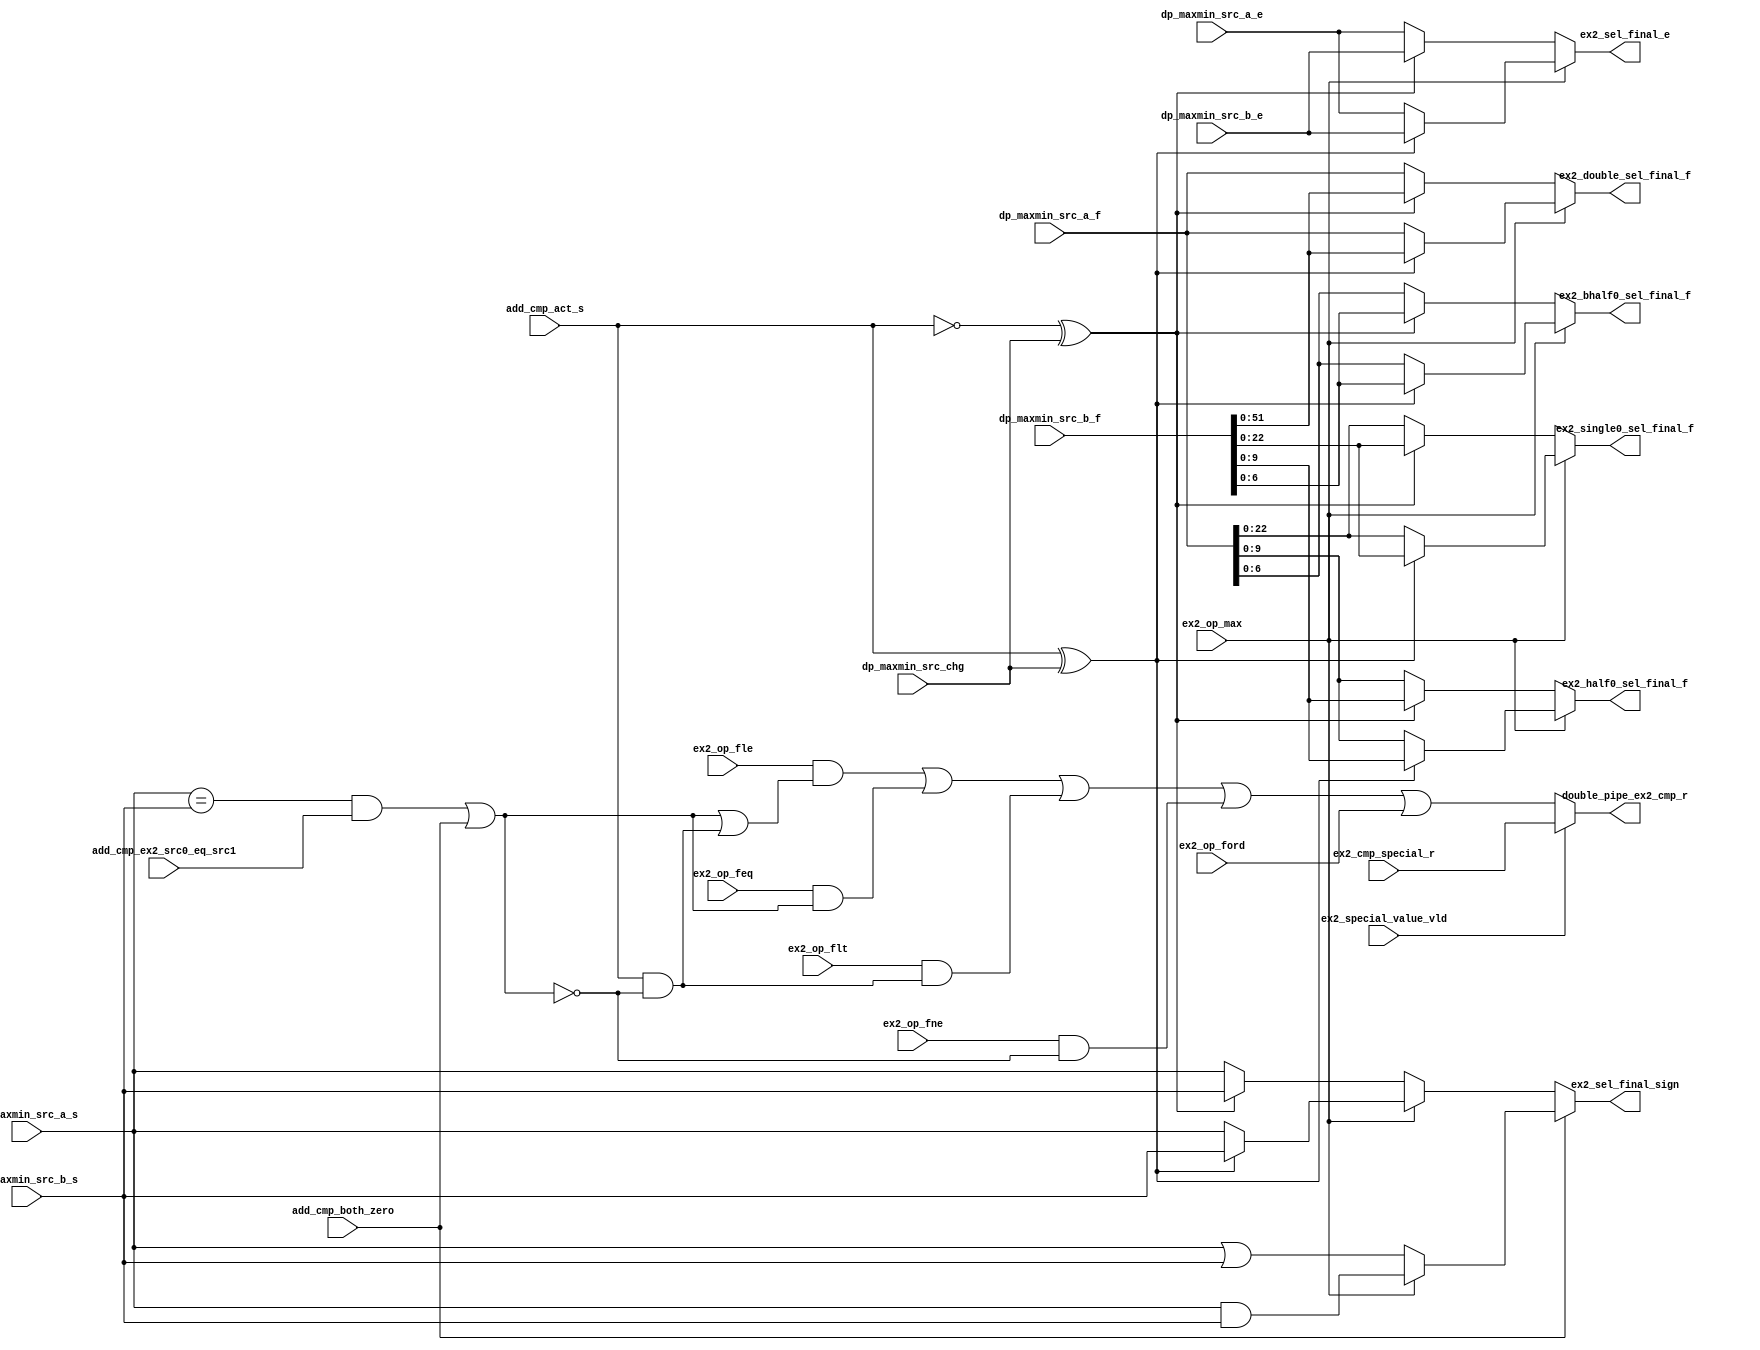
/*Copyright 2020-2021 T-Head Semiconductor Co., Ltd.

Licensed under the Apache License, Version 2.0 (the "License");
you may not use this file except in compliance with the License.
You may obtain a copy of the License at

    http://www.apache.org/licenses/LICENSE-2.0

Unless required by applicable law or agreed to in writing, software
distributed under the License is distributed on an "AS IS" BASIS,
WITHOUT WARRANTIES OR CONDITIONS OF ANY KIND, either express or implied.
See the License for the specific language governing permissions and
limitations under the License.
*/

// &ModuleBeg; @26
module aq_fadd_double_cmp_max(
  add_cmp_act_s,
  add_cmp_both_zero,
  add_cmp_ex2_src0_eq_src1,
  double_pipe_ex2_cmp_r,
  dp_maxmin_src_a_e,
  dp_maxmin_src_a_f,
  dp_maxmin_src_a_s,
  dp_maxmin_src_b_e,
  dp_maxmin_src_b_f,
  dp_maxmin_src_b_s,
  dp_maxmin_src_chg,
  ex2_bhalf0_sel_final_f,
  ex2_cmp_special_r,
  ex2_double_sel_final_f,
  ex2_half0_sel_final_f,
  ex2_op_feq,
  ex2_op_fle,
  ex2_op_flt,
  ex2_op_fne,
  ex2_op_ford,
  ex2_op_max,
  ex2_sel_final_e,
  ex2_sel_final_sign,
  ex2_single0_sel_final_f,
  ex2_special_value_vld
);

// &Ports; @27
input           add_cmp_act_s;            
input           add_cmp_both_zero;        
input           add_cmp_ex2_src0_eq_src1; 
input   [10:0]  dp_maxmin_src_a_e;        
input   [51:0]  dp_maxmin_src_a_f;        
input           dp_maxmin_src_a_s;        
input   [10:0]  dp_maxmin_src_b_e;        
input   [52:0]  dp_maxmin_src_b_f;        
input           dp_maxmin_src_b_s;        
input           dp_maxmin_src_chg;        
input           ex2_cmp_special_r;        
input           ex2_op_feq;               
input           ex2_op_fle;               
input           ex2_op_flt;               
input           ex2_op_fne;               
input           ex2_op_ford;              
input           ex2_op_max;               
input           ex2_special_value_vld;    
output          double_pipe_ex2_cmp_r;    
output  [6 :0]  ex2_bhalf0_sel_final_f;   
output  [51:0]  ex2_double_sel_final_f;   
output  [9 :0]  ex2_half0_sel_final_f;    
output  [10:0]  ex2_sel_final_e;          
output          ex2_sel_final_sign;       
output  [22:0]  ex2_single0_sel_final_f;  

// &Regs; @28

// &Wires; @29
wire            add_cmp_act_s;            
wire            add_cmp_both_zero;        
wire            add_cmp_ex2_src0_eq_src1; 
wire            double_pipe_ex2_cmp_r;    
wire    [10:0]  dp_maxmin_src_a_e;        
wire    [51:0]  dp_maxmin_src_a_f;        
wire            dp_maxmin_src_a_s;        
wire    [10:0]  dp_maxmin_src_b_e;        
wire    [52:0]  dp_maxmin_src_b_f;        
wire            dp_maxmin_src_b_s;        
wire            dp_maxmin_src_chg;        
wire            ex2_act_s;                
wire    [6 :0]  ex2_bhalf0_sel_final_f;   
wire    [6 :0]  ex2_bhalf0_sel_rst_max_f; 
wire    [6 :0]  ex2_bhalf0_sel_rst_min_f; 
wire    [6 :0]  ex2_bhalf0_src0_f;        
wire    [6 :0]  ex2_bhalf0_src1_f;        
wire            ex2_both_zero;            
wire            ex2_cmp_feq;              
wire            ex2_cmp_fle;              
wire            ex2_cmp_flt;              
wire            ex2_cmp_fne;              
wire            ex2_cmp_r;                
wire            ex2_cmp_special_r;        
wire    [51:0]  ex2_double_sel_final_f;   
wire    [51:0]  ex2_double_sel_rst_max_f; 
wire    [51:0]  ex2_double_sel_rst_min_f; 
wire    [51:0]  ex2_double_src0_f;        
wire    [51:0]  ex2_double_src1_f;        
wire    [9 :0]  ex2_half0_sel_final_f;    
wire    [9 :0]  ex2_half0_sel_rst_max_f;  
wire    [9 :0]  ex2_half0_sel_rst_min_f;  
wire    [9 :0]  ex2_half0_src0_f;         
wire    [9 :0]  ex2_half0_src1_f;         
wire            ex2_op_feq;               
wire            ex2_op_fle;               
wire            ex2_op_flt;               
wire            ex2_op_fne;               
wire            ex2_op_ford;              
wire            ex2_op_max;               
wire            ex2_s_equal;              
wire    [10:0]  ex2_sel_final_e;          
wire            ex2_sel_final_sign;       
wire            ex2_sel_rst_both0_sign;   
wire    [10:0]  ex2_sel_rst_max_e;        
wire            ex2_sel_rst_max_s;        
wire    [10:0]  ex2_sel_rst_min_e;        
wire            ex2_sel_rst_min_s;        
wire    [22:0]  ex2_single0_sel_final_f;  
wire    [22:0]  ex2_single0_sel_rst_max_f; 
wire    [22:0]  ex2_single0_sel_rst_min_f; 
wire    [22:0]  ex2_single0_src0_f;       
wire    [22:0]  ex2_single0_src1_f;       
wire            ex2_special_value_vld;    
wire    [10:0]  ex2_src0_e;               
wire    [51:0]  ex2_src0_f;               
wire            ex2_src0_s;               
wire    [10:0]  ex2_src1_e;               
wire            ex2_src1_s;               
wire    [52:0]  ex2_src1_sel;             
wire            ex2_src_chg;              


// the sign is used to calculate the the compare result

assign  ex2_act_s         =  add_cmp_act_s;
assign  ex2_both_zero     =  add_cmp_both_zero;

//------------------------------------------------------------------------------
//                          CMP Normal Result:
//------------------------------------------------------------------------------

assign ex2_s_equal  = ex2_src0_s == ex2_src1_s;
assign ex2_cmp_feq  = ex2_s_equal && add_cmp_ex2_src0_eq_src1 || ex2_both_zero;
assign ex2_cmp_flt  = (ex2_act_s && !ex2_cmp_feq);
assign ex2_cmp_fle  = ex2_cmp_feq || ex2_cmp_flt;
assign ex2_cmp_fne  = !ex2_cmp_feq;

assign ex2_cmp_r    = ex2_op_fle  && ex2_cmp_fle ||
                      ex2_op_feq  && ex2_cmp_feq ||
                      ex2_op_flt  && ex2_cmp_flt ||
                      ex2_op_fne  && ex2_cmp_fne || ex2_op_ford;

//------------------------------------------------------------------------------
//                    EX2 int special result:
//------------------------------------------------------------------------------
//cmp instruction
//if src0 or src1 is nan, rst is 0, so just need focus on inf

//flt
//&CombBeg;
//if(ex2_src0_inf && ex2_src1_inf)
//  ex2_special_flt_rst = ex2_orig_src0_s && !ex2_orig_src1_s;
//else if(ex2_src0_inf)
//  ex2_special_flt_rst = ex2_orig_src0_s;
//else//if (ex2_src1_inf)
//  ex2_special_flt_rst = !ex2_orig_src1_s;
//&CombEnd;
//
////feq
//&CombBeg;
//if(ex2_src0_inf && ex2_src1_inf)
//  ex2_special_feq_rst = ex2_orig_src0_s ^ ~ex2_orig_src1_s;
//else //if only one inf
//  ex2_special_feq_rst = 1'b0;
//&CombEnd;
//
////fle
//assign ex2_special_fle_rst = ex2_special_feq_rst || ex2_special_flt_rst;
//assign ex2_special_inf_rst = ex2_op_fle & ex2_special_fle_rst | 
//                             ex2_op_feq & ex2_special_feq_rst | 
//                             ex2_op_flt & ex2_special_flt_rst | 
//                             ex2_op_fne & !ex2_special_feq_rst| ex2_op_ford;
//assign ex2_cmp_special_r   = ex2_nv_lt_le ? ex2_op_fne : ex2_special_inf_rst;

// the final compare result
// &Force("output","double_pipe_ex2_cmp_r"); @84
assign double_pipe_ex2_cmp_r = ex2_special_value_vld ? ex2_cmp_special_r
                                                     : ex2_cmp_r;

//------------------------------------------------------------------------------
//                          Max/Min Normal Result:
//------------------------------------------------------------------------------
//To gengrate max/min rst
//In double, for timing design, max/min rst pipedown to ex3. Here in order to
//simplify rtu design, we also pipedown to ex3 in single
assign ex2_src0_f[51:0]              = dp_maxmin_src_a_f[51:0];
assign ex2_src0_e[10:0]              = dp_maxmin_src_a_e[10:0];
assign ex2_src0_s                    = dp_maxmin_src_a_s;
assign ex2_src1_sel[52:0]             = dp_maxmin_src_b_f[52:0];
assign ex2_src_chg                    = dp_maxmin_src_chg;
assign ex2_src1_e[10:0]               = dp_maxmin_src_b_e[10:0];
//assign ex2_src1_f[52:0]               = dp_maxmin_src_b_f[52:0];
assign ex2_src1_s                     = dp_maxmin_src_b_s;

assign ex2_double_src1_f[51:0]        = ex2_src1_sel[51:0];
assign ex2_single0_src1_f[22:0]       = ex2_src1_sel[22:0];
assign ex2_half0_src1_f[9:0]          = ex2_src1_sel[9:0];
assign ex2_bhalf0_src1_f[6:0]         = ex2_src1_sel[6:0];

//assign ex2_double_src1_e[10:0]        = ex2_src1_e[10:0];
//assign ex2_single0_src1_e[10:0]       = {3'b0,ex2_src1_sel[30:23]};
//assign ex2_half0_src1_e[10:0]         = {6'b0,ex2_src1_sel[14:10]};
//assign ex2_bhalf0_src1_e[10:0]        = {3'b0,ex2_src1_sel[14:7]};
//
//assign ex2_src1_e[10:0]               = {11{ex2_double}} & ex2_double_src1_e[10:0]  |
//                                        {11{ex2_single}} & ex2_single0_src1_e[10:0] |
//                                        {11{ex2_half}}   & ex2_half0_src1_e[10:0]   |
//                                        {11{ex2_bhalf}}  & ex2_bhalf0_src1_e[10:0];

//assign ex2_double_src0_f_tmp[52:0]    = ex2_act_sub         ? ~ex2_double_adder_a[52:0]    : ex2_double_adder_a[52:0];
assign ex2_double_src0_f[51:0]        = ex2_src0_f[51:0];
//assign ex2_single0_src0_f_tmp[23:0]   = ex2_act_sub         ? ~ex2_single0_adder_a[23:0]    : ex2_single0_adder_a[23:0];
assign ex2_single0_src0_f[22:0]       = ex2_src0_f[22:0];
//assign ex2_half0_src0_f_tmp[10:0]     = ex2_act_sub         ? ~ex2_half0_adder_a[10:0]    : ex2_half0_adder_a[10:0];
assign ex2_half0_src0_f[9:0]          = ex2_src0_f[9:0];
//assign ex2_bhalf0_src0_f_tmp[7:0]     = ex2_act_sub         ? ~ex2_bhalf0_adder_a[7:0]    : ex2_bhalf0_adder_a[7:0];
assign ex2_bhalf0_src0_f[6:0]         = ex2_src0_f[6:0];

assign ex2_sel_rst_both0_sign         =  ex2_op_max ? ex2_src0_s && ex2_src1_s : ex2_src0_s || ex2_src1_s;
assign ex2_sel_rst_max_s              =  ex2_act_s ^ ex2_src_chg ? ex2_src1_s  : ex2_src0_s;
assign ex2_sel_rst_min_s              = !ex2_act_s ^ ex2_src_chg ? ex2_src1_s  : ex2_src0_s;
assign ex2_double_sel_rst_max_f[51:0] =  ex2_act_s ^ ex2_src_chg ? ex2_double_src1_f[51:0] : ex2_double_src0_f[51:0];
assign ex2_double_sel_rst_min_f[51:0] = !ex2_act_s ^ ex2_src_chg ? ex2_double_src1_f[51:0] : ex2_double_src0_f[51:0];

assign ex2_single0_sel_rst_max_f[22:0] =  ex2_act_s ^ ex2_src_chg ? ex2_single0_src1_f[22:0] : ex2_single0_src0_f[22:0];
assign ex2_single0_sel_rst_min_f[22:0] = !ex2_act_s ^ ex2_src_chg ? ex2_single0_src1_f[22:0] : ex2_single0_src0_f[22:0];

assign ex2_half0_sel_rst_max_f[9:0] =  ex2_act_s ^ ex2_src_chg ? ex2_half0_src1_f[9:0] : ex2_half0_src0_f[9:0];
assign ex2_half0_sel_rst_min_f[9:0] = !ex2_act_s ^ ex2_src_chg ? ex2_half0_src1_f[9:0] : ex2_half0_src0_f[9:0];

assign ex2_bhalf0_sel_rst_max_f[6:0] =  ex2_act_s ^ ex2_src_chg ? ex2_bhalf0_src1_f[6:0] : ex2_bhalf0_src0_f[6:0];
assign ex2_bhalf0_sel_rst_min_f[6:0] = !ex2_act_s ^ ex2_src_chg ? ex2_bhalf0_src1_f[6:0] : ex2_bhalf0_src0_f[6:0];

assign ex2_sel_final_sign            = ex2_both_zero ? ex2_sel_rst_both0_sign :
                                       ex2_op_max    ? ex2_sel_rst_max_s
                                                     : ex2_sel_rst_min_s;
assign ex2_sel_rst_max_e[10:0] =  ex2_act_s ^ ex2_src_chg ? ex2_src1_e[10:0] : ex2_src0_e[10:0];
assign ex2_sel_rst_min_e[10:0] = !ex2_act_s ^ ex2_src_chg ? ex2_src1_e[10:0] : ex2_src0_e[10:0];
assign ex2_sel_final_e[10:0]   = ex2_op_max ? ex2_sel_rst_max_e[10:0] : ex2_sel_rst_min_e[10:0];

assign ex2_double_sel_final_f[51:0]   = ex2_op_max ? ex2_double_sel_rst_max_f[51:0] : ex2_double_sel_rst_min_f[51:0];
assign ex2_single0_sel_final_f[22:0]  = ex2_op_max ? ex2_single0_sel_rst_max_f[22:0] : ex2_single0_sel_rst_min_f[22:0];
assign ex2_half0_sel_final_f[9:0]     = ex2_op_max ? ex2_half0_sel_rst_max_f[9:0] : ex2_half0_sel_rst_min_f[9:0];
assign ex2_bhalf0_sel_final_f[6:0]    = ex2_op_max ? ex2_bhalf0_sel_rst_max_f[6:0] : ex2_bhalf0_sel_rst_min_f[6:0];







// &ModuleEnd; @168
endmodule